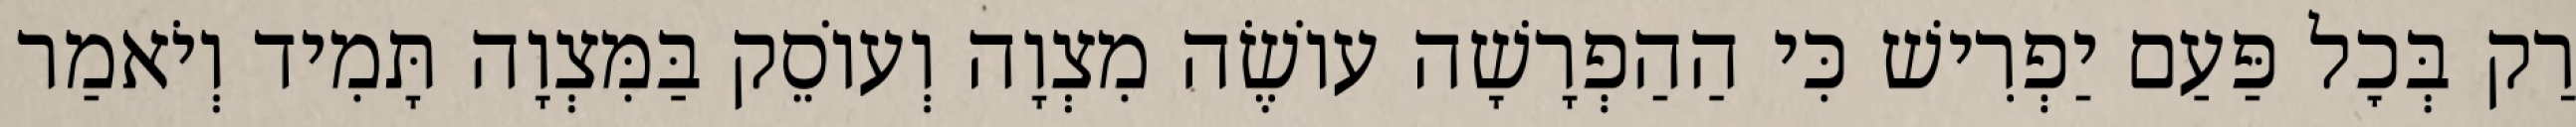
רַק בְּכׇל פַּעַם יַפְרִישׁ כִּי הַהַפְרָשָׁה עוֹשֶׂה מִצְוָה וְעוֹסֵק בַּמִּצְוָה תָּמִיד וְיֹאמַר